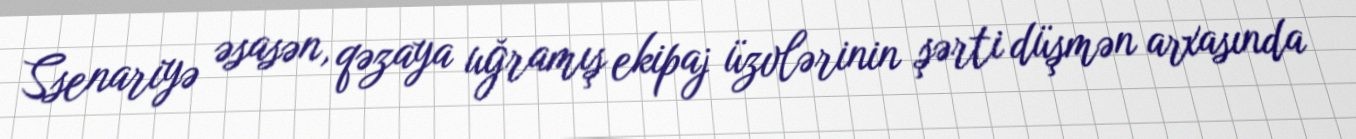
Ssenariyə əsasən, qəzaya uğramış ekipaj üzvlərinin şərti düşmən arxasında